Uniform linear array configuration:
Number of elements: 12
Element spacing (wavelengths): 1
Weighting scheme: hamming
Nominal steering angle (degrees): -60
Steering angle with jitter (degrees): -60.835
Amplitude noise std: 0.05
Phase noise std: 0.05

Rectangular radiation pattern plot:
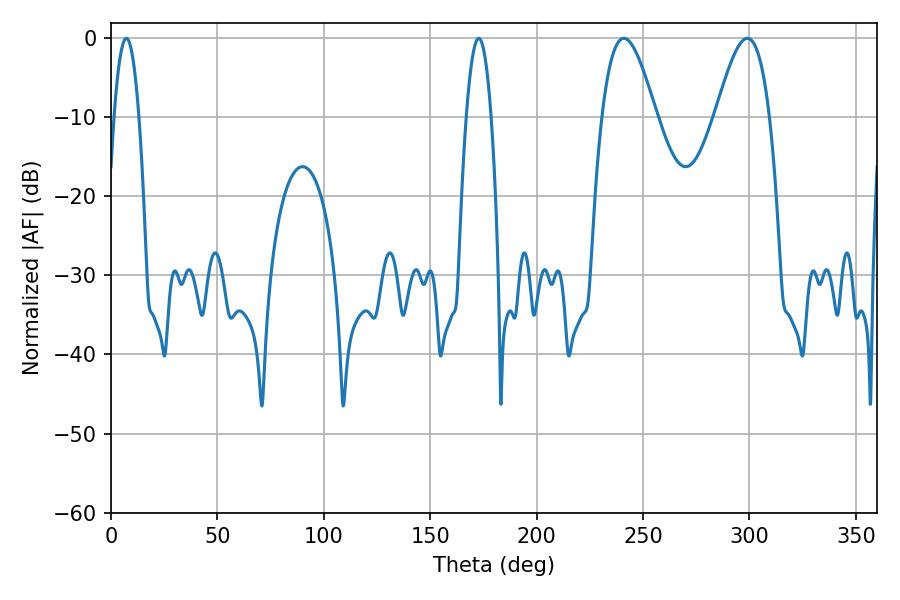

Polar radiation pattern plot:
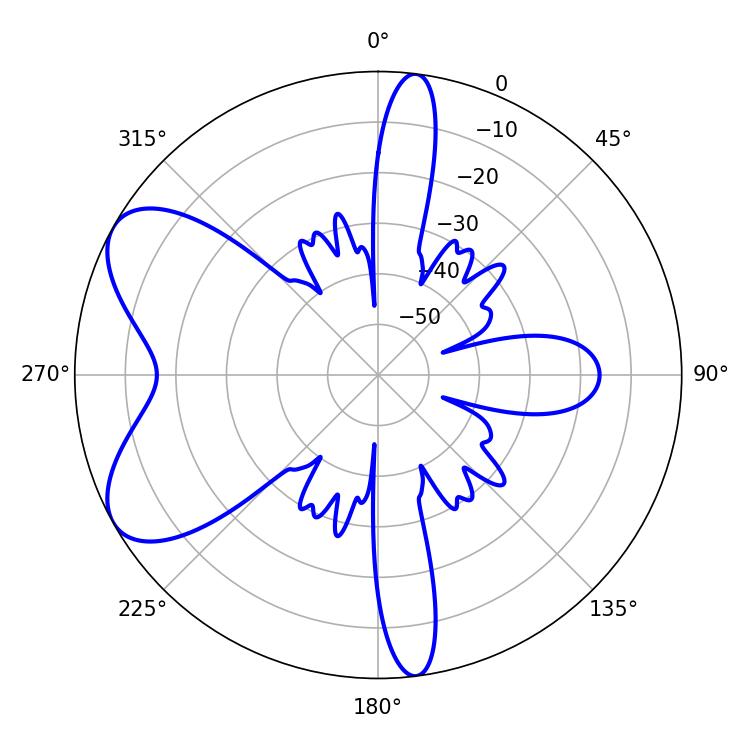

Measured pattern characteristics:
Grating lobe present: TRUE
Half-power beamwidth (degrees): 6.48
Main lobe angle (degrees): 7.2